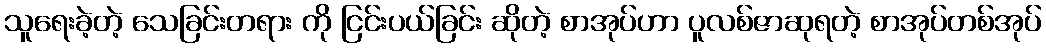
သူရေးခဲ့တဲ့ သေခြင်းတရား ကို ငြင်းပယ်ခြင်း ဆိုတဲ့ စာအုပ်ဟာ ပူလစ်ဇာဆုရတဲ့ စာအုပ်တစ်အုပ်